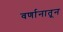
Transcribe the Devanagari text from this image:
वर्णानातून